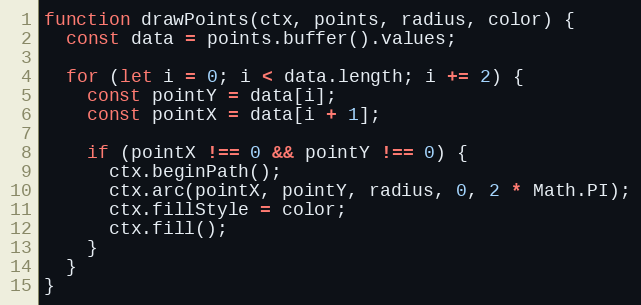
Language: JavaScript
function drawPoints(ctx, points, radius, color) {
  const data = points.buffer().values;

  for (let i = 0; i < data.length; i += 2) {
    const pointY = data[i];
    const pointX = data[i + 1];

    if (pointX !== 0 && pointY !== 0) {
      ctx.beginPath();
      ctx.arc(pointX, pointY, radius, 0, 2 * Math.PI);
      ctx.fillStyle = color;
      ctx.fill();
    }
  }
}